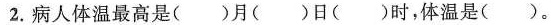
2.病人体温最高是( )月( )日( )时，体温是( )。